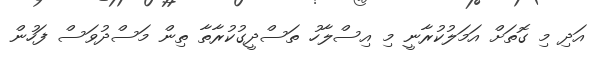
އަދި މި ގޮތަށް އަމަލުކުރާނީ މި އިސްލާހު ތަސްދީގުކުރާތާ ތިން މަސްދުވަސް ފަހުން